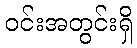
ဝင်းအတွင်းရှိ